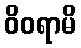
ဝိဝရာမိ